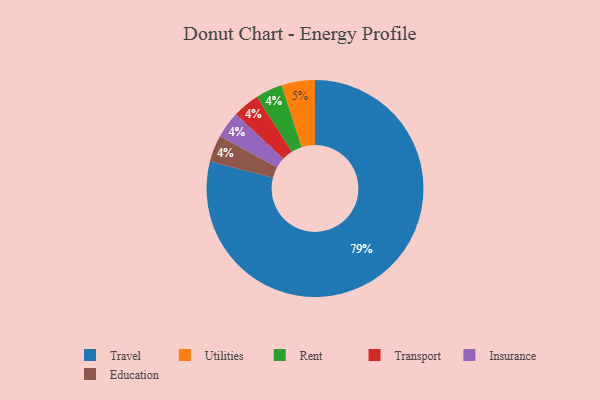
{"axis": {"x": "Category", "y": "Percentage"}, "legend": ["Education", "Insurance", "Rent", "Transport", "Travel", "Utilities"], "data": [{"x": "Rent", "y": 4, "type": "Rent"}, {"x": "Transport", "y": 4, "type": "Transport"}, {"x": "Travel", "y": 79, "type": "Travel"}, {"x": "Insurance", "y": 4, "type": "Insurance"}, {"x": "Education", "y": 4, "type": "Education"}, {"x": "Utilities", "y": 5, "type": "Utilities"}]}